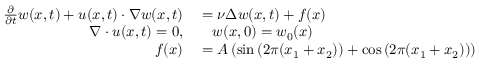
\begin{array} { r l } { \frac { \partial } { \partial t } w ( x , t ) + u ( x , t ) \cdot \nabla w ( x , t ) } & { { } = \nu \Delta w ( x , t ) + f ( x ) } \\ { \nabla \cdot u ( x , t ) = 0 , } & { { } \quad w ( x , 0 ) = w _ { 0 } ( x ) } \\ { f ( x ) } & { { } = A \left( \sin \left( 2 \pi ( x _ { 1 } + x _ { 2 } ) \right) + \cos \left( 2 \pi ( x _ { 1 } + x _ { 2 } ) \right) \right) } \end{array}